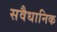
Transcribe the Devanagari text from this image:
सवैधानिक